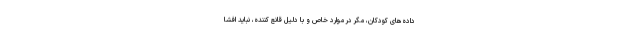
داده‌های کودکان، مگر در موارد خاص و با دلیل قانع کننده، نباید افشا